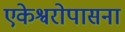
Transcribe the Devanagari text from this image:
एकेश्वरोपासना